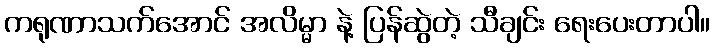
ကရုဏာသက်အောင် အလိမ္မာ နဲ့ ပြန်ဆွဲတဲ့ သီချင်း ရေးပေးတာပါ။